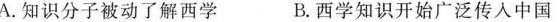
A.知识分子被动了解西学 B.西学知识开始广泛传人中国